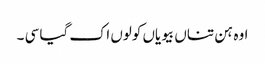
اوہ ہن تناں بیویاں کولوں اک گیا سی ۔